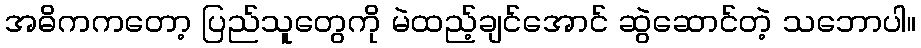
အဓိကကတော့ ပြည်သူတွေကို မဲထည့်ချင်အောင် ဆွဲဆောင်တဲ့ သဘောပါ။